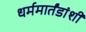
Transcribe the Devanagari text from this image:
धर्ममार्तंडांशी